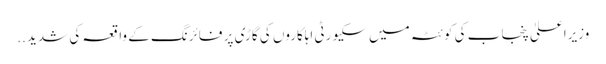
وزیراعلیٰ پنجاب کی کوئٹہ میں سکیورٹی اہلکاروں کی گاڑی پر فائرنگ کے واقعہ کی شدید ..